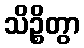
သိဉ္စိတွာ